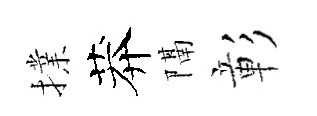
擈莽隔彰